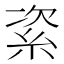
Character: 𥿩